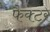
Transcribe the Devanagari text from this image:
फैक्‍टर